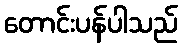
တောင်းပန်ပါသည်